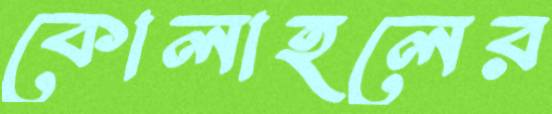
কোলাহলের